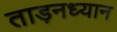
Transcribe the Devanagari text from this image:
ताड़नध्यान